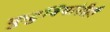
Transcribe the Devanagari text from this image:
कुटुंबियांनीही